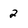
Character: 2